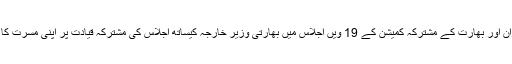
انہوں نے ایران اور بھارت کے مشترکہ کمیشن کے 19 ویں اجلاس میں بھارتی وزیر خارجہ کیساتھ اجلاس کی مشترکہ قیادت پر اپنی مسرت کا اظہار کردیا۔